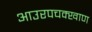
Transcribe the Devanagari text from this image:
आउरपचक्खाण